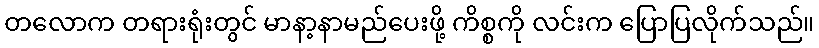
တလောက တရားရုံးတွင် မာနာ့နာမည်ပေးဖို့ ကိစ္စကို လင်းက ပြောပြလိုက်သည်။